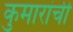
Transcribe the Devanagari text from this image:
कुमारांची